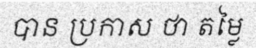
បាន ប្រកាស ថា តម្លៃ